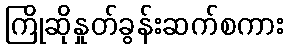
ကြိုဆိုနှုတ်ခွန်းဆက်စကား